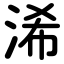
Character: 浠